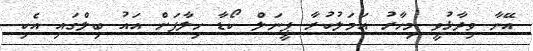
އޭނާ ވިދާޅުވީ މިހާރު އަމަލުކުރާ ޕީނަލް ކޯޑާ ހިލާފަށް އައު ބިލްގައި އެކި